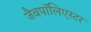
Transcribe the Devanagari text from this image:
जैवपॉलिएस्टर